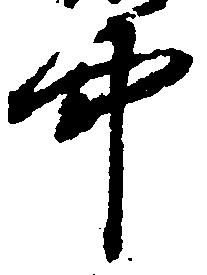
中